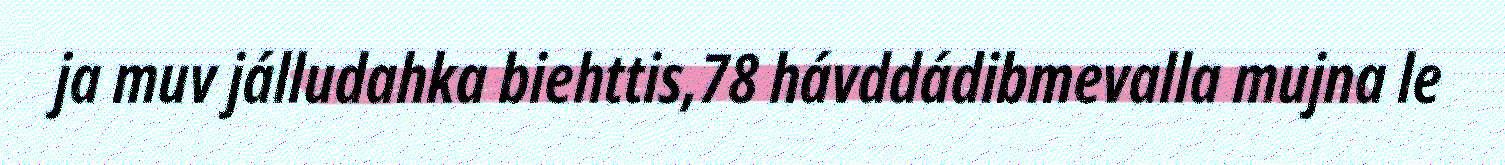
ja muv jálludahka biehttis,78 hávddádibmevalla mujna le